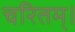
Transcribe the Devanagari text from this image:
चरितम्।